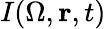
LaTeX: I({\Omega},\mathbf r,t)